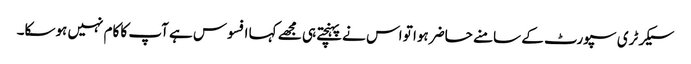
سیکرٹری سپورٹ کے سامنے حاضر ہوا تو اس نے پہنچتے ہی مجھے کہا افسوس ہے آپ کا کام نہیں ہوسکا۔